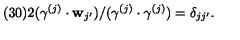
( 3 0 ) 2 ( \gamma ^ { ( j ) } \cdot { \bf w } _ { j ^ { \prime } } ) / ( \gamma ^ { ( j ) } \cdot \gamma ^ { ( j ) } ) = \delta _ { j j ^ { \prime } } .